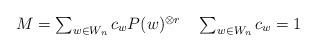
LaTeX: \begin{align*}M = \textstyle \sum_{w \in W_n} c_w P(w)^{\otimes r}\quad\sum_{w \in W_n} c_w = 1\end{align*}